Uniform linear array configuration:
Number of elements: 8
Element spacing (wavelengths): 0.75
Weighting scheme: blackman
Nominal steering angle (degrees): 30
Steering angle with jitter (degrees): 28.123
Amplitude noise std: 0.05
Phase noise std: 0.05

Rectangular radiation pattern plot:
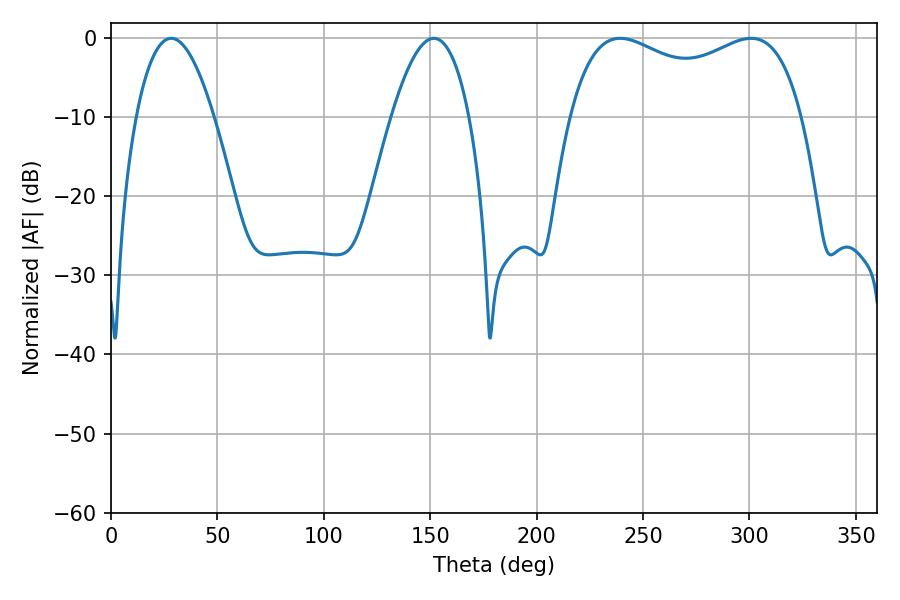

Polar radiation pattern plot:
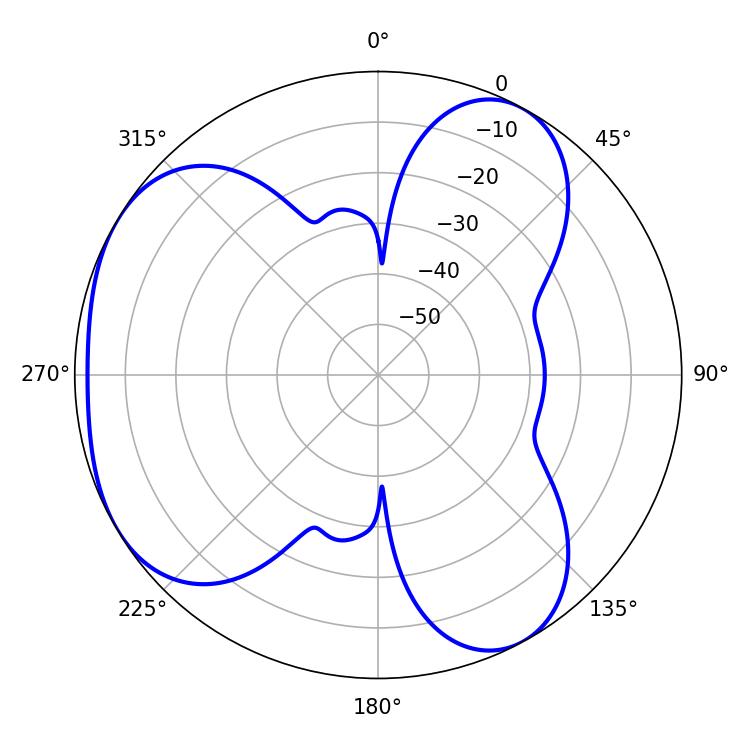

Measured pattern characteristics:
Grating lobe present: TRUE
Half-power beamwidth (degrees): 90.36
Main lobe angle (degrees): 239.22